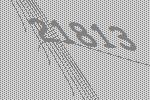
21813